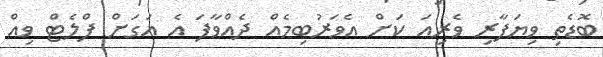
ބޮޑެތި ވިޔަފާރި ވެރިއަ ކަށް އެވަރުބިމެއް ދެއްވާފަ އެ އަގަށް ފްލެޓް ވިއް